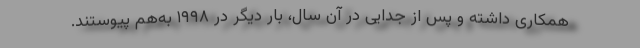
همکاری داشته و پس از جدایی در آن سال، بار دیگر در ۱۹۹۸ به‌هم پیوستند.